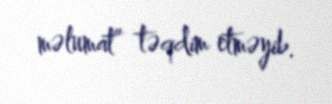
məlumat” təqdim etməyib.